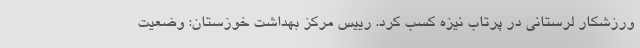
ورزشکار لرستانی در پرتاب نیزه کسب کرد. رییس مرکز بهداشت خوزستان: وضعیت